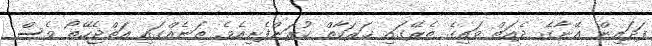
ފަދައިން އޭނާގެ ދެއަތް ވައިގެ ތެރޭގައި ޙަރަކާތް ކުރަންފެށިއެވެ. ތަނެއްގައި އަތްޖެހޭތޯ ވެސް